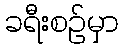
ခရီးစဉ်မှာ